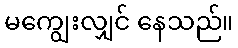
မကျွေးလျှင် နေသည်။